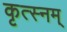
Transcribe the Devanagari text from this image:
कृत्स्नम्‌